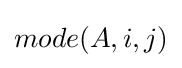
mode(A,i,j)